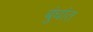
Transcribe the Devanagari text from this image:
बुंधांत